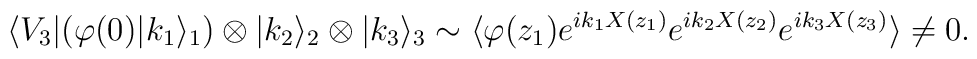
\langle V_3|(\varphi(0)|k_1\rangle_1)\otimes |k_2\rangle_2\otimes |k_3\rangle_3\sim \langle\varphi(z_1)e^{ik_1X(z_1)}e^{ik_2X(z_2)}e^{ik_3X(z_3)}\rangle\neq 0.